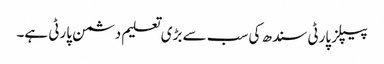
پیپلز پارٹی سندھ کی سب سے بڑی تعلیم دشمن پارٹی ہے۔